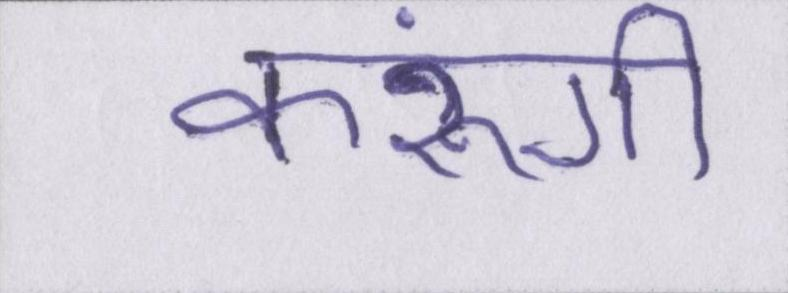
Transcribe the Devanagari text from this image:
करूंगी